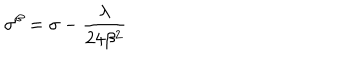
\sigma ^ { \beta } = \sigma - \frac { \lambda } { 2 4 \beta ^ { 2 } }